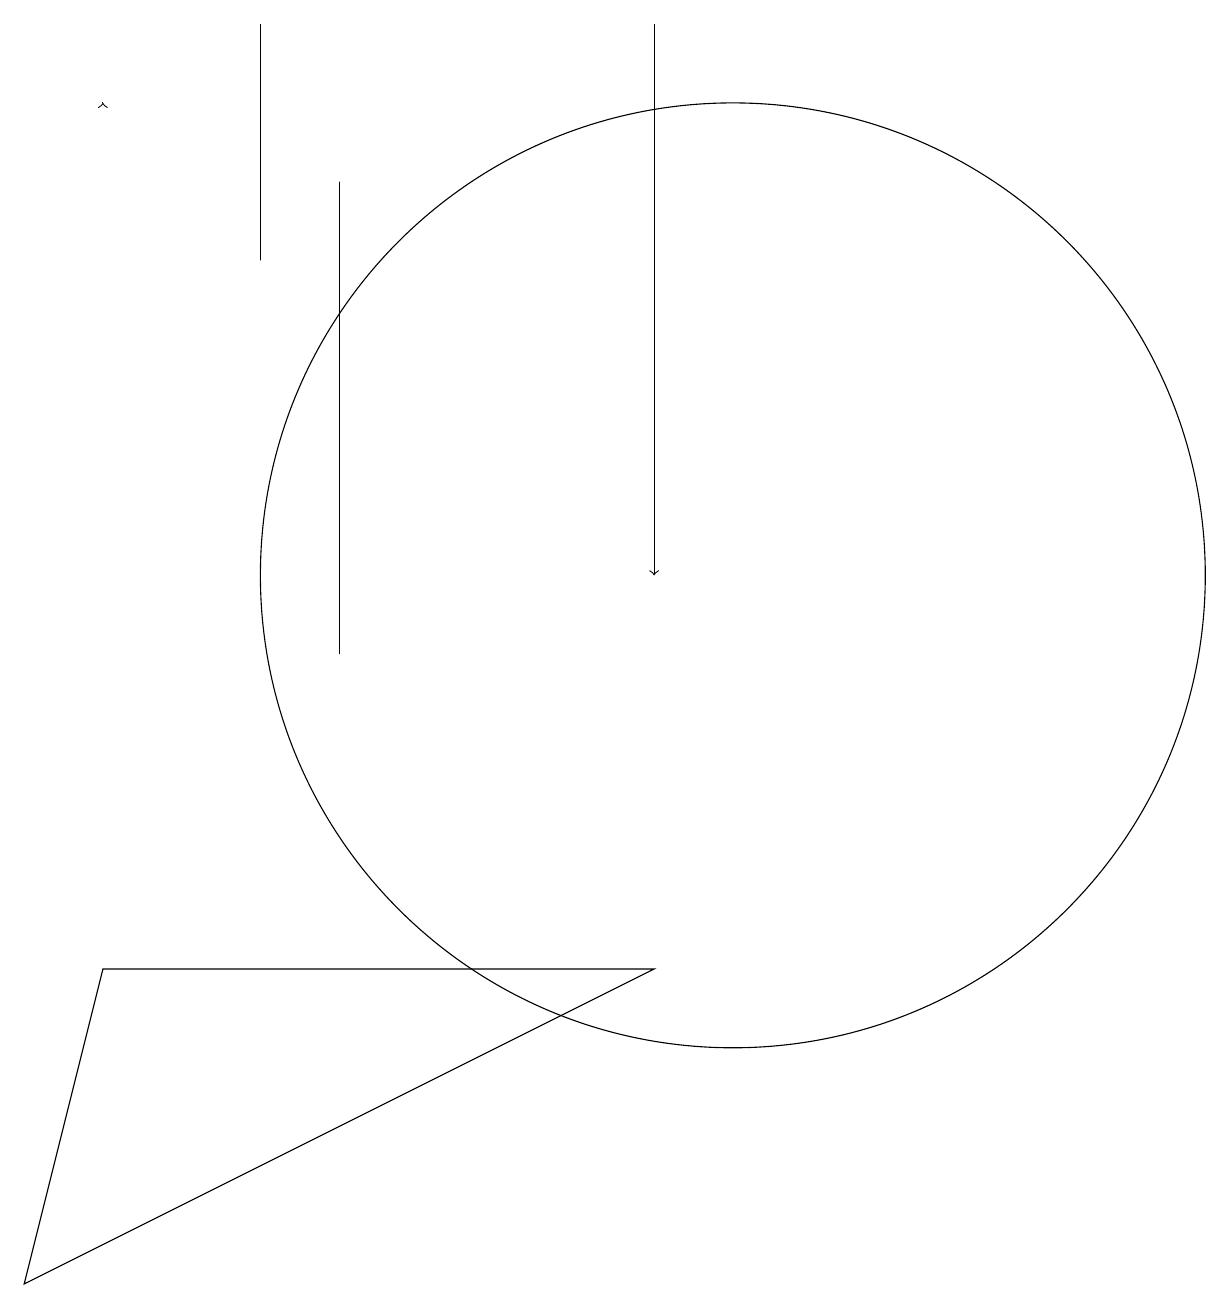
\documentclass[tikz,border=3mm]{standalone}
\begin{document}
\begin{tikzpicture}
\draw (10,11) circle (6);
\draw (5,16) rectangle (5,10);
\draw[->] (9,18) -- (9,11);
\draw (4,12) rectangle (4,12);
\draw (4,13) rectangle (4,13);
\draw (4,18) rectangle (4,15);
\draw[->] (2,17) -- (2,17);
\draw (1,2) -- (2,6) -- (9,6) -- cycle;
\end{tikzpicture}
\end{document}